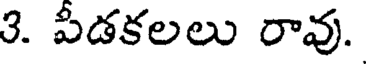
3. పీడకలలు రావు.